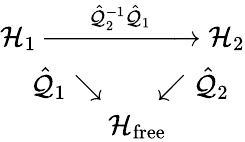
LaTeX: \begin{array}{r}{\mathcal{H}_{1}\xrightarrow{\; \; \; \; \; \hat{\mathcal{Q}}_{2}^{-1}\hat{\mathcal{Q}}_{1}\; \; \; \; \; }\mathcal{H}_{2}}\\ {\hat{\mathcal{Q}}_{1}\searrow\; \; \; \; \; \; \; \swarrow\hat{\mathcal{Q}}_{2}\; \; }\\ {\mathcal{H}_{\mathrm{free}}\; \; \; \; \; \; \; \; \; \; }\end{array}